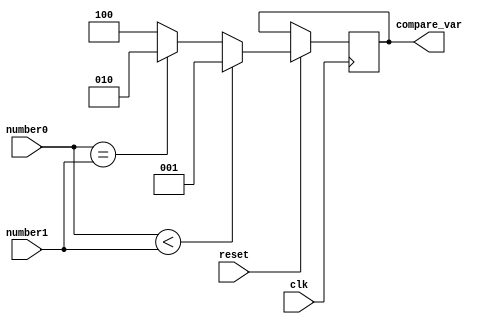

`ifndef compare
`define compare
module compare (
    input clk,
    input reset,
    input[15:0] number0,
    input[15:0] number1,

    output reg[2:0] compare_var
);

    always @ (posedge clk) begin 
        if(reset) begin
            if(number0 < number1) begin
                compare_var <= 3'b001;            //001
            end else if (number0 == number1) begin
                compare_var <= 3'b010;            //010
            end else begin
                compare_var <= 3'b100;            //100
            end
        end
    end

endmodule
`endif